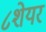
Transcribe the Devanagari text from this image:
८शेयर